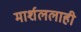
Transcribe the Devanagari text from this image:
मार्शललाही